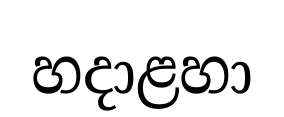
හදාළහා